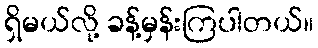
ရှိမယ်လို့ ခန့်မှန်းကြပါတယ်။